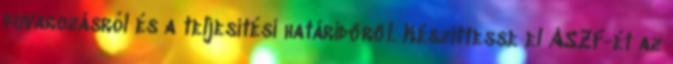
fuvarozásról és a teljesítési határidőről. Készíttesse el ÁSZF-ét az